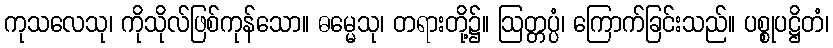
ကုသလေသု၊ ကိုသိုလ်ဖြစ်ကုန်သော။ ဓမ္မေသု၊ တရားတို့၌။ ဩတ္တပ္ပံ၊ ကြောက်ခြင်းသည်။ ပစ္စုပဋ္ဌိတံ၊